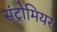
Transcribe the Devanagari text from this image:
संट्रोमियर